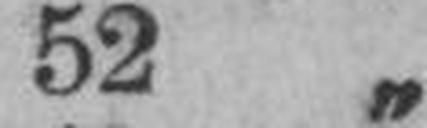
52 „